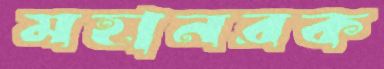
মহানরক